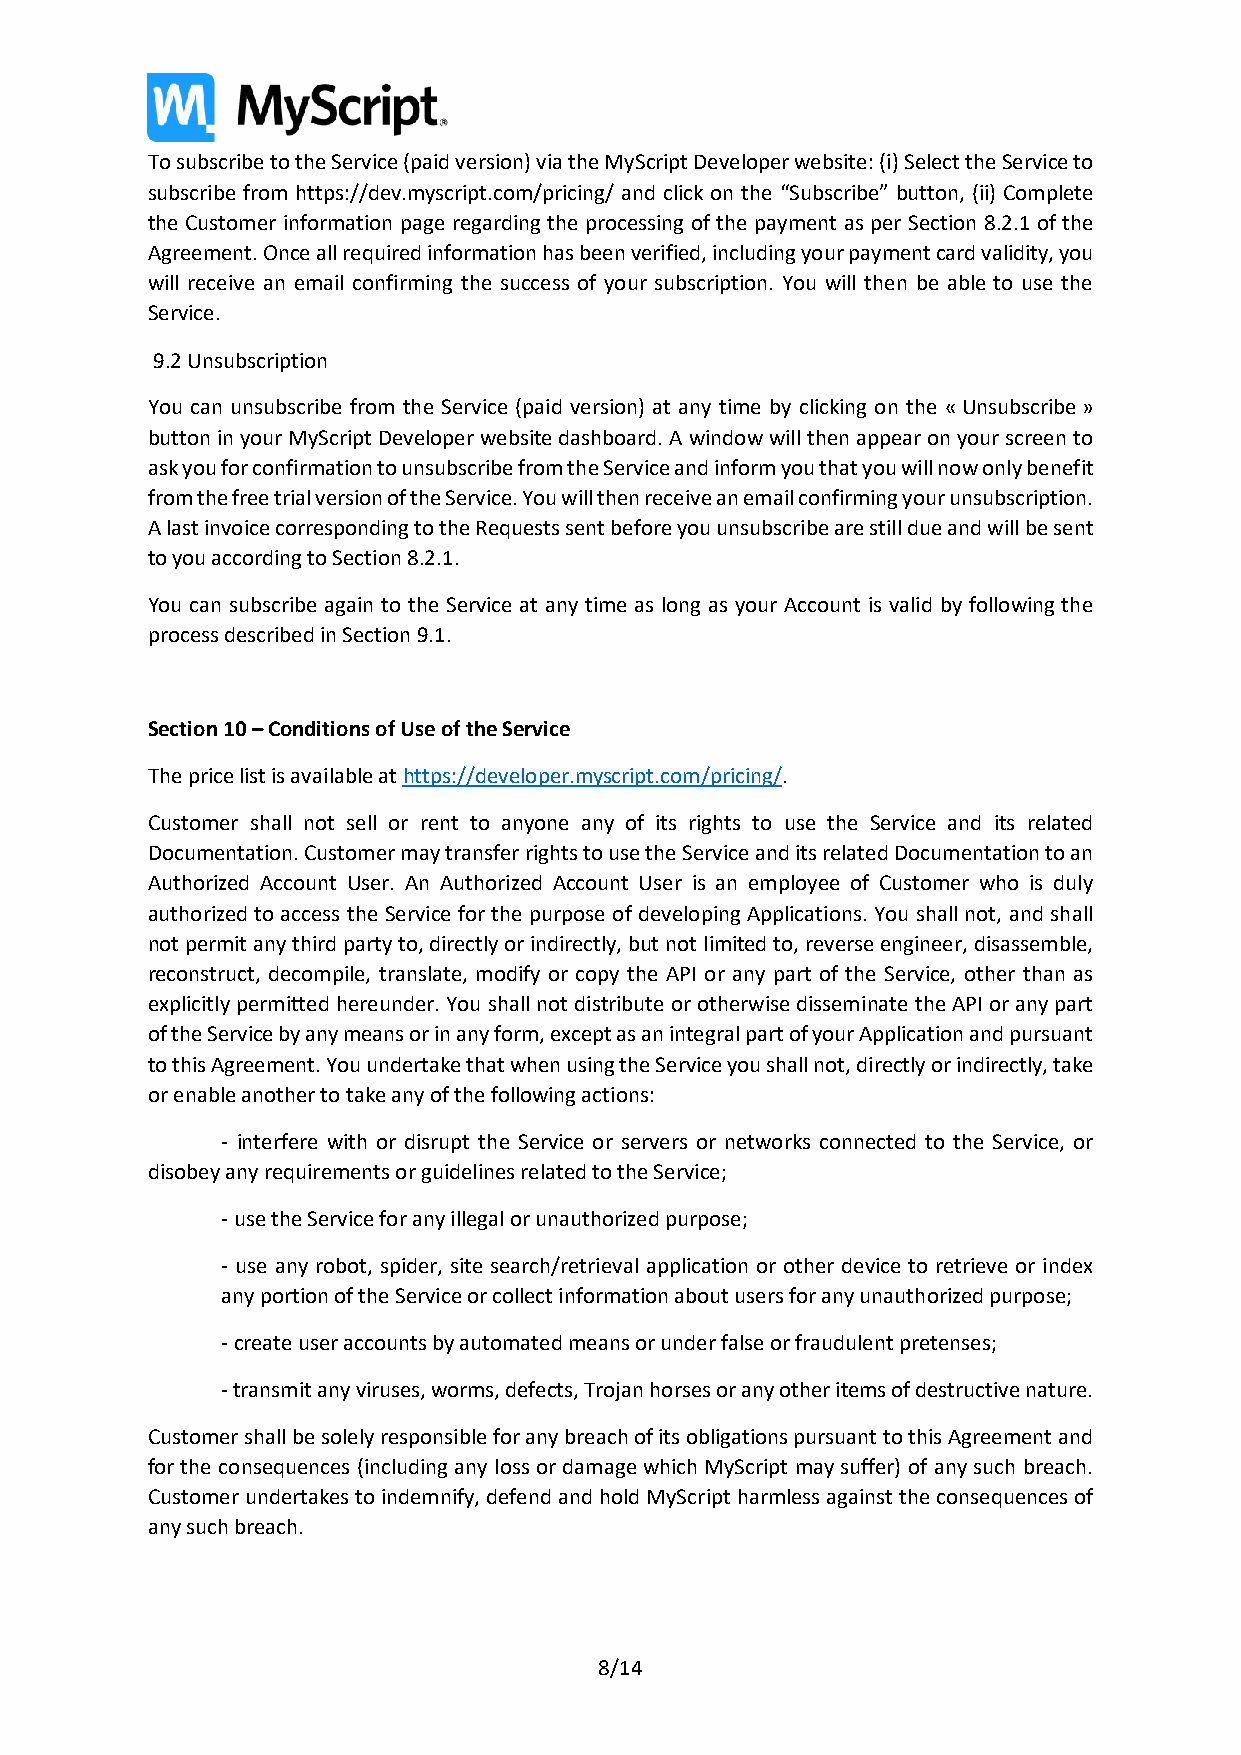
To subscribe to the Service (paid version) via the MyScript Developer website: (i) Select the Service to
 subscribe from https://dev.myscript.com/pricing/ and click on the “Subscribe” button, (ii) Complete
 the Customer information page regarding the processing of the payment as per Section 8.2.1 of the
 Agreement. Once all required information has been verified, including your payment card validity, you
 will receive an email confirming the success of your subscription. You will then be able to use the
 Service.
 9.2 Unsubscription
 You can unsubscribe from the Service (paid version) at any time by clicking on the « Unsubscribe »
 button in your MyScript Developer website dashboard. A window will then appear on your screen to
 ask you for confirmation to unsubscribe from the Service and inform you that you will now only benefit
 from the free trial version of the Service. You will then receive an email confirming your unsubscription.
 A last invoice corresponding to the Requests sent before you unsubscribe are still due and will be sent
 to you according to Section 8.2.1.
 You can subscribe again to the Service at any time as long as your Account is valid by following the
 process described in Section 9.1.
 Section 10 – Conditions of Use of the Service
 The price list is available at https://developer.myscript.com/pricing/.
 Customer shall not sell or rent to anyone any of its rights to use the Service and its related
 Documentation. Customer may transfer rights to use the Service and its related Documentation to an
 Authorized Account User. An Authorized Account User is an employee of Customer who is duly
 authorized to access the Service for the purpose of developing Applications. You shall not, and shall
 not permit any third party to, directly or indirectly, but not limited to, reverse engineer, disassemble,
 reconstruct, decompile, translate, modify or copy the API or any part of the Service, other than as
 explicitly permitted hereunder. You shall not distribute or otherwise disseminate the API or any part
 of the Service by any means or in any form, except as an integral part of your Application and pursuant
 to this Agreement. You undertake that when using the Service you shall not, directly or indirectly, take
 or enable another to take any of the following actions:
 - interfere with or disrupt the Service or servers or networks connected to the Service, or
 disobey any requirements or guidelines related to the Service;
 - use the Service for any illegal or unauthorized purpose;
 - use any robot, spider, site search/retrieval application or other device to retrieve or index
 any portion of the Service or collect information about users for any unauthorized purpose;
 - create user accounts by automated means or under false or fraudulent pretenses;
 - transmit any viruses, worms, defects, Trojan horses or any other items of destructive nature.
 Customer shall be solely responsible for any breach of its obligations pursuant to this Agreement and
 for the consequences (including any loss or damage which MyScript may suffer) of any such breach.
 Customer undertakes to indemnify, defend and hold MyScript harmless against the consequences of
 any such breach.
 8/14